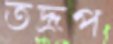
তদ্রূপ